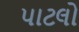
પાટલો